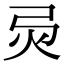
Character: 𢏅